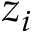
z _ { i }